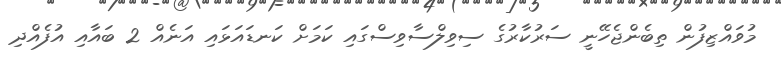
މުވައްޒިފުން ތިބެންޖެހޭނީ ސަރުކާރުގެ ސިވިލްސާވިސްގައި ކަމަށް ކަނޑައަޅައި އަނެއް 2 ބައާއި އުފެއްދި